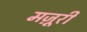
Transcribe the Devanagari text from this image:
मज़ूरी